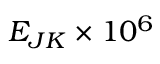
E _ { J K } \times 1 0 ^ { 6 }